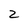
Character: 2